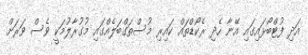
އަދި ފުޓްބޯޅައިގައި އޭނާ ހެދި ރެކޯޑްތައް ކައިރި މުސްތަގްބަލެއްގައި މުގުރާލުމަކީ ވެސް ވަރަށް